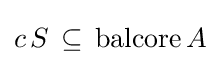
c\,S\,\subseteq \,\operatorname {balcore} A